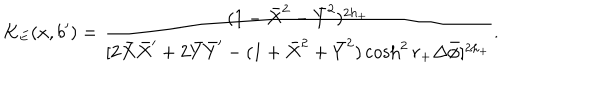
K _ { E } ( x , b ^ { \prime } ) = { \frac { ( 1 - \bar { X } ^ { 2 } - \bar { Y } ^ { 2 } ) ^ { 2 h _ { + } } } { [ 2 \bar { X } \bar { X } ^ { \prime } + 2 \bar { Y } \bar { Y } ^ { \prime } - ( 1 + \bar { X } ^ { 2 } + \bar { Y } ^ { 2 } ) \cosh ^ { 2 } r _ { + } \Delta \bar { \phi } ] ^ { 2 h _ { + } } } } .